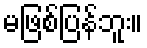
မဖြစ်ပြန်ဘူး။